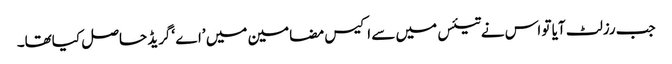
جب رزلٹ آیا تو اس نے تیئس میں سے اکیس مضامین میں ’اے ‘گریڈ حاصل کیاتھا۔